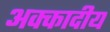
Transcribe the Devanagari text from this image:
अक्कादीय